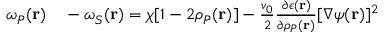
\begin{array} { r l } { \omega _ { P } ( { \bf r } ) } & { { } - \omega _ { S } ( { \bf r } ) = \chi [ 1 - 2 \rho _ { P } ( { \bf r } ) ] - \frac { v _ { 0 } } { 2 } \frac { \partial \epsilon ( { \bf r } ) } { \partial \rho _ { P } ( { \bf r } ) } [ \nabla \psi ( { \bf r } ) ] ^ { 2 } } \end{array}